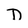
Character: D